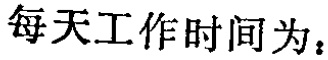
每天工作时间为：